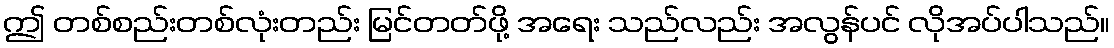
ဤ တစ်စည်းတစ်လုံးတည်း မြင်တတ်ဖို့ အရေး သည်လည်း အလွန်ပင် လိုအပ်ပါသည်။